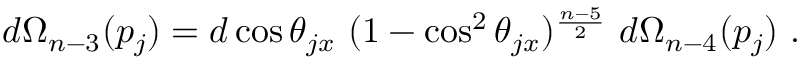
d \Omega _ { n - 3 } ( p _ { j } ) = d \cos \theta _ { j x } \ ( 1 - \cos ^ { 2 } \theta _ { j x } ) ^ { \frac { n - 5 } { 2 } } \ d \Omega _ { n - 4 } ( p _ { j } ) \ .